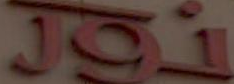
نور